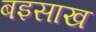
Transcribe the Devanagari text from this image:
बइसाख